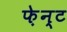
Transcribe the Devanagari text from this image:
फ़ेन्ट